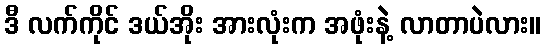
ဒီ လက်ကိုင် ဒယ်အိုး အားလုံးက အဖုံးနဲ့ လာတာပဲလား။